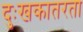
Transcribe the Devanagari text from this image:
दुःखकातरता